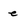
Character: e